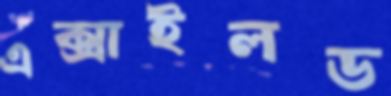
এক্সাইলড